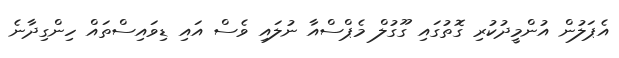
އެޕަލުން އުންމީދުކުރި ގޮތުގައި ގޫގުލް މެޕްސްއާ ނުލައި ވެސް އައި ޑިވައިސްތައް ހިންގިދާނެ